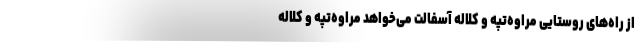
از راه‌های روستایی مراوه‌تپه و کلاله آسفالت می‌خواهد مراوه‌تپه و کلاله